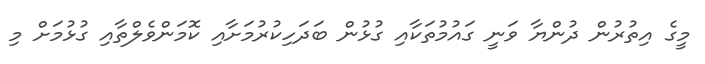
މީގެ އިތުރުން ދުންޔާ ވަނީ ގައުމުތަކާއި ގުޅުން ބަދަހިކުރުމަށާއި ކޮމަންވެލްތާއި ގުޅުމަށް މި